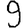
Digit: 9